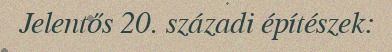
Jelentős 20. századi építészek: